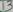
Text: 13